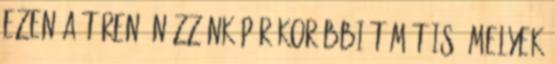
ezen a téren. Nézzünk pár korábbi témát is, melyek